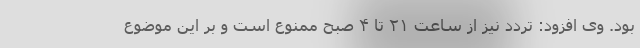
بود. وی افزود: تردد نیز از ساعت ۲۱ تا ۴ صبح ممنوع است و بر این موضوع